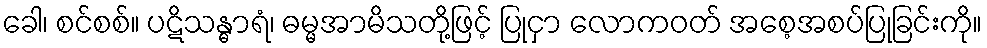
ခေါ၊ စင်စစ်။ ပဋိသန္ဓာရံ၊ ဓမ္မအာမိသတို့ဖြင့် ပြုငှာ လောကဝတ် အစေ့အစပ်ပြုခြင်းကို။